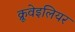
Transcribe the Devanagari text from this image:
क्रूवेइलियर